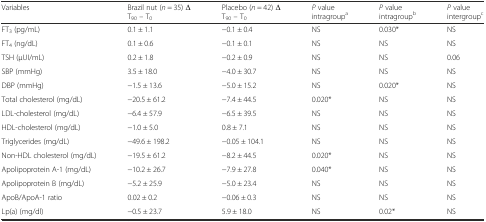
| Variables | Brazil nut (n = 35) Δ T90 – T0 | Placebo (n = 42) Δ T90 – T0 | P value intragroupa | P value intragroupb | P value intergroupc |
 | --- | --- | --- | --- | --- | --- |
 | FT3 (pg/mL) | 0.1 ± 1.1 | −0.1 ± 0.4 | NS | 0.030* | NS |
 | FT4 (ng/dL) | 0.1 ± 0.6 | −0.1 ± 0.1 | NS | NS | NS |
 | TSH (μUI/mL) | 0.2 ± 1.8 | −0.2 ± 0.9 | NS | NS | 0.06 |
 | SBP (mmHg) | 3.5 ± 18.0 | −4.0 ± 30.7 | NS | NS | NS |
 | DBP (mmHg) | −1.5 ± 13.6 | −5.0 ± 15.2 | NS | 0.020* | NS |
 | Total cholesterol (mg/dL) | −20.5 ± 61.2 | −7.4 ± 44.5 | 0.020* | NS | NS |
 | LDL-cholesterol (mg/dL) | −6.4 ± 57.9 | −6.5 ± 39.5 | NS | NS | NS |
 | HDL-cholesterol (mg/dL) | −1.0 ± 5.0 | 0.8 ± 7.1 | NS | NS | NS |
 | Triglycerides (mg/dL) | −49.6 ± 198.2 | −0.05 ± 104.1 | NS | NS | NS |
 | Non-HDL cholesterol (mg/dL) | −19.5 ± 61.2 | −8.2 ± 44.5 | 0.020* | NS | NS |
 | Apolipoprotein A-1 (mg/dL) | −10.2 ± 26.7 | −7.9 ± 27.8 | 0.040* | NS | NS |
 | Apolipoprotein B (mg/dL) | −5.2 ± 25.9 | −5.0 ± 23.4 | NS | NS | NS |
 | ApoB/ApoA-1 ratio | 0.02 ± 0.2 | −0.06 ± 0.3 | NS | NS | NS |
 | Lp(a) (mg/dl) | −0.5 ± 23.7 | 5.9 ± 18.0 | NS | 0.02* | NS |